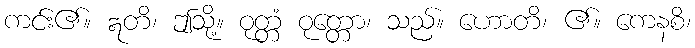
ကင်း၏။ ဣတိ၊ ဤသို့။ ဝုတ္တံ ဝုတ္တော၊ သည်။ ဟောတိ၊ ၏။ ကေနစိ၊